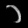
Digit: ၁